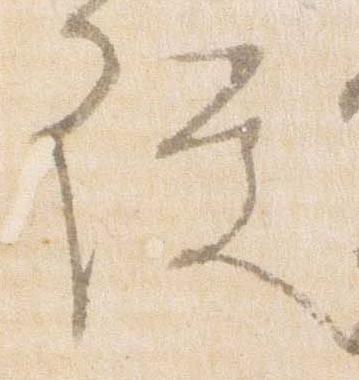
従